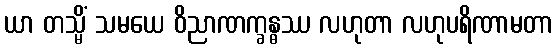
ယာ တသ္မိံ သမယေ ဝိညာဏက္ခန္ဓဿ လဟုတာ လဟုပရိဏာမတာ